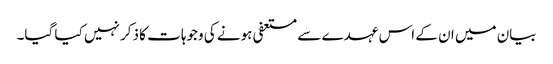
بیان میں ان کے اس عہدے سے مستعفی ہونے کی وجوہات کا ذکر نہیں کیا گیا۔